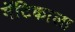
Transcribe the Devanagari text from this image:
मॅटिकाला